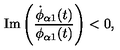
\mathrm { I m } \left( \frac { \dot { \phi } _ { \alpha 1 } ( t ) } { \phi _ { \alpha 1 } ( t ) } \right) < 0 ,